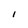
Character: I